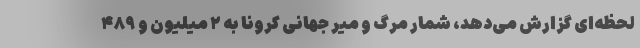
لحظه‌ای گزارش می‌دهد، شمار مرگ و میر جهانی کرونا به ۲ میلیون و ۴۸۹